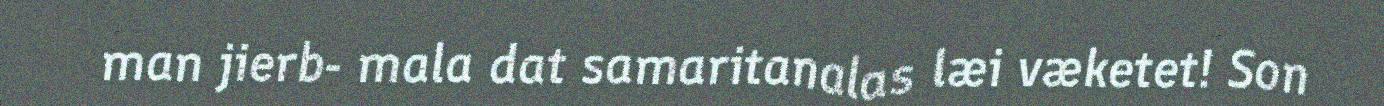
man jierb- mala dat samaritanalas læi væketet! Son